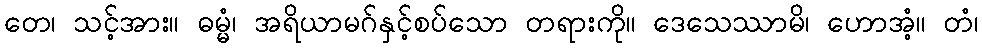
တေ၊ သင့်အား။ ဓမ္မံ၊ အရိယာမဂ်နှင့်စပ်သော တရားကို။ ဒေသေဿာမိ၊ ဟောအံ့။ တံ၊